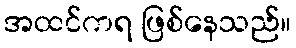
အထင်ကရ ဖြစ်နေသည်။